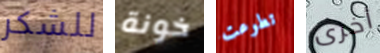
للشكر خونة تطوعت أخرى